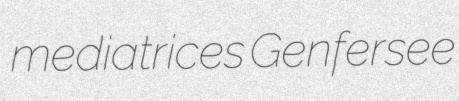
mediatrices Genfersee